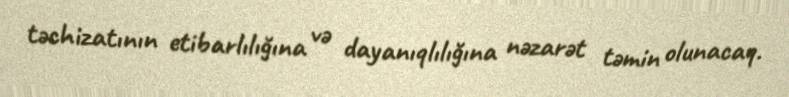
təchizatının etibarlılığına və dayanıqlılığına nəzarət təmin olunacaq.